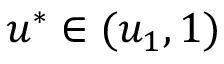
u ^ { * } \in ( u _ { 1 } , 1 )